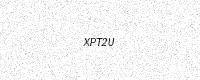
Text: XPT2U